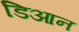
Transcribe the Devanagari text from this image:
डिआन